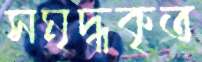
সমৃদ্ধকৃত